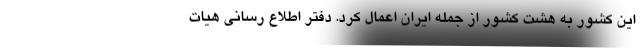
این کشور به هشت کشور از جمله ایران اعمال کرد. دفتر اطلاع رسانی هیات